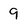
Character: 9